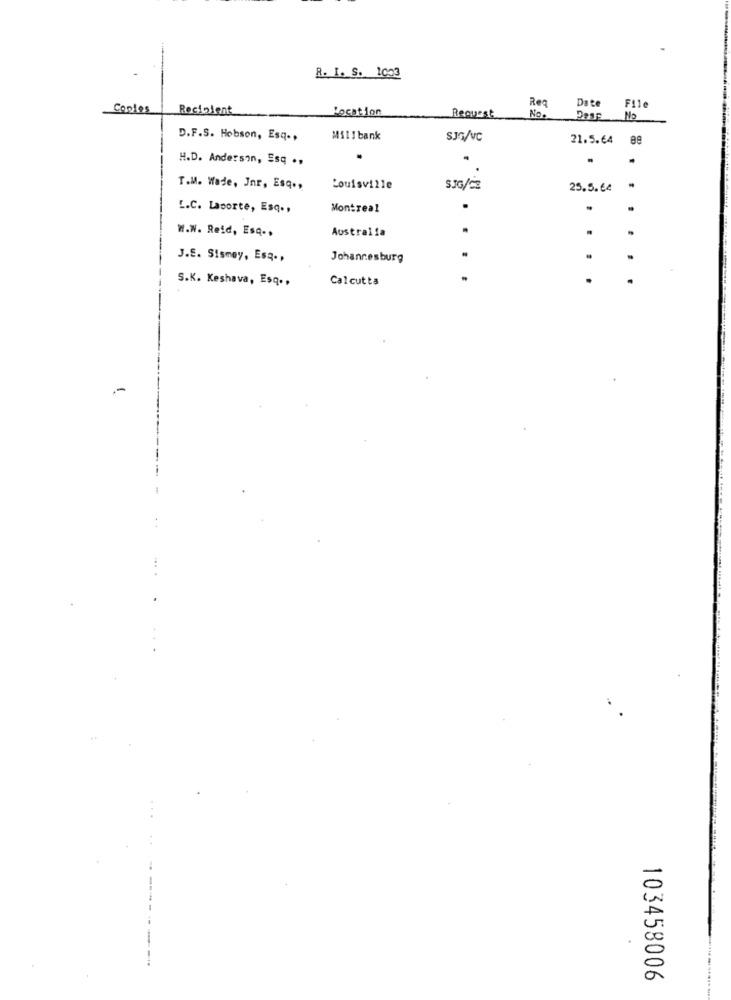
R. I. S. 1003
Reg
Date
Coples
Recipient
Pocation
File
Request
No.
Dass
No
D.F.S. Hobson, Esq .,
Mi11 bank
SJG/VC
21.5.64
H.D. Anderson, Esq .,
.
T.M. Wade, Jnr, Esq .,
Louisville
SJG/m2
25.5.64
L.C. Laporte, Esq .,
Montreal
.
.
W.W. Reid, Esq .,
Australia
.
J.E. Sismey, Esq .,
Johannesburg
S.K. Keshava, Esq .,
Calcutta
-
103458006